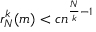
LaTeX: r _ { N } ^ { k } ( m ) < c n ^ { { \frac { N } { k } } - 1 }